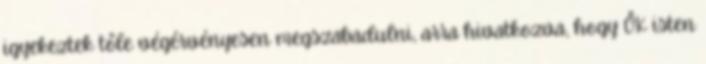
igyekeztek tőle végérvényesen megszabadulni, arra hivatkozva, hogy ŐK isten